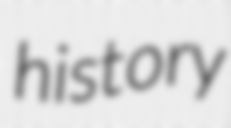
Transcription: history